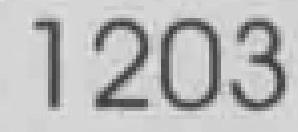
1203